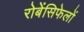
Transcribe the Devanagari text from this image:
रोबेंसिफेलों